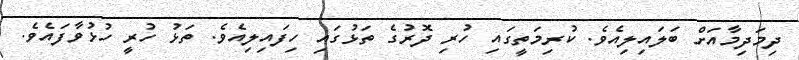
ދިމަދިމާއަށް ބަލައިލިއެވެ. ކުރިމަތީގައި ހުރި ދޮރުގެ ތަޅުގައި ހިފައިލިއެވެ. ތަޅު ހުރީ ހުޅުވާފައެވެ.